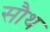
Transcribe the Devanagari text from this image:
सौथ